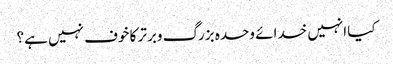
کیا انہیں خدائے وحدہ بزرگ وبرتر کا خوف نہیں ہے؟